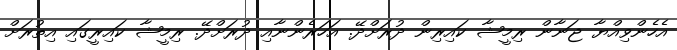
އެހެންވިއްޔާ ޖަނާން ރިމީޝާ ކައިރިން ދުރަށްދޭ. އަހަރެންނާއި ދުރަށްދޭ. ރިމީޝާ ކައިރީގައި އިތުރަށް